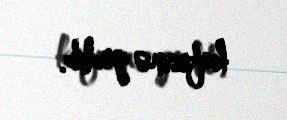
kafesinə gedib.